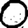
Digit: 0